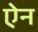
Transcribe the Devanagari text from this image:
एेन